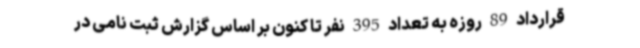
قرارداد 89 روزه به تعداد 395 نفر تا کنون بر اساس گزارش ثبت نامی در